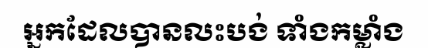
អ្នកដែលបានលះបង់ ទាំងកម្លាំង